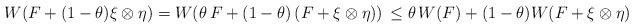
LaTeX: \begin{align*}W( F+(1-\theta)\xi\otimes \eta)=W( \theta \,F+(1-\theta)\, (F+\xi\otimes \eta))\, \leq \theta \,W( F)+(1-\theta) W(F+\xi\otimes \eta)\end{align*}